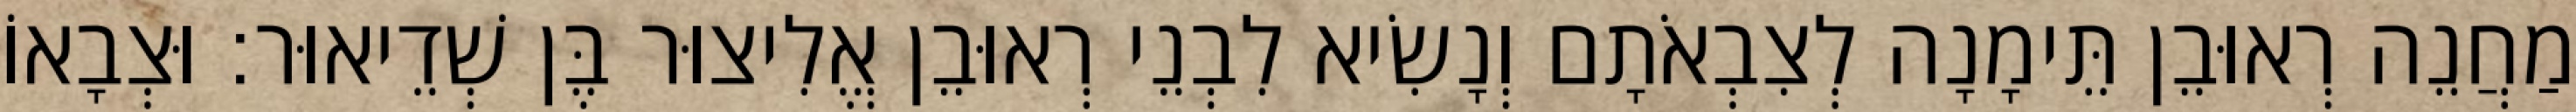
מַחֲנֵה רְאוּבֵן תֵּימָנָה לְצִבְאֹתָם וְנָשִׂיא לִבְנֵי רְאוּבֵן אֱלִיצוּר בֶּן שְׁדֵיאוּר׃ וּצְבָאוֹ